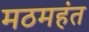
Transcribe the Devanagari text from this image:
मठमहंत